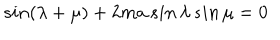
s i n ( \lambda + \mu ) + 2 m a \, s i n \, \lambda \, s i n \, \mu = 0